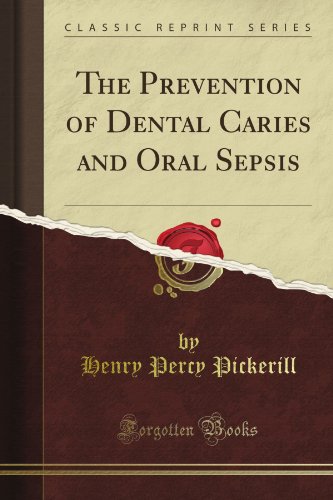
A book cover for The Prevention of Dental Caries and Oral Sepsis (Classic Reprint); Henry Percy Pickerill; Medical Books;